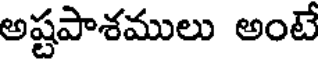
అష్టపాశములు అంటే